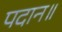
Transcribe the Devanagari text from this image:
पदान॥